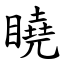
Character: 䁱